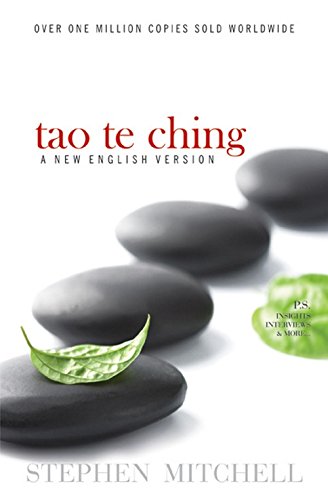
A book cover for Tao Te Ching: The Classic Manual On The Art Of Living; Stephen Mitchell; Religion & Spirituality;